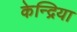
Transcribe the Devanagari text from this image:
केन्द्रिया